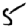
Digit: 5